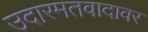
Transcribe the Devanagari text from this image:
उदारमतवादावर